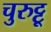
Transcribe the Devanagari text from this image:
चुरुट्टू